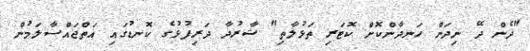
"ދެން ދޭ ނިދަން ހަނދާންކޮށް ކޮޓަރި ތަޅުލާތި" ޝާރުދާ ދަރިފުޅުގެ ކޮނޑުގައި އަތްޖައްސާލަމުން